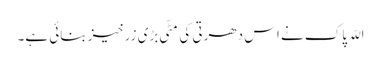
اللّہ پاک نے اس دھرتی کی مٹّی بڑی زرخیز بنائی ہے۔